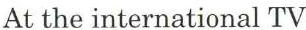
At the international TV